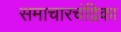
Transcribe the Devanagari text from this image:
समाचारचंद्रिका